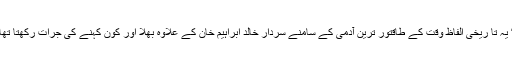
“ یہ تا ریخی الفاظ وقت کے طاقتور ترین آدمی کے سامنے سردار خالد ابراہیم خان کے علاوہ بھلا اور کون کہنے کی جرات رکھتا تھا۔